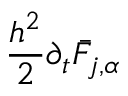
\frac { h ^ { 2 } } { 2 } \partial _ { t } \bar { F } _ { j , \alpha }